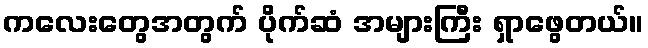
ကလေးတွေအတွက် ပိုက်ဆံ အများကြီး ရှာဖွေတယ်။